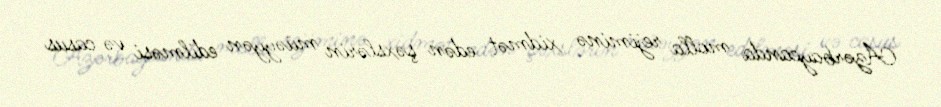
Azərbaycanda molla rejiminə xidmət edən şəxslərin müəyyən edilməsi və casus